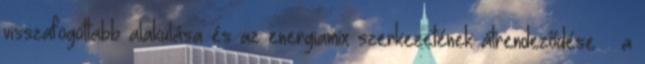
visszafogottabb alakulása és az energiamix szerkezetének átrendeződése – a